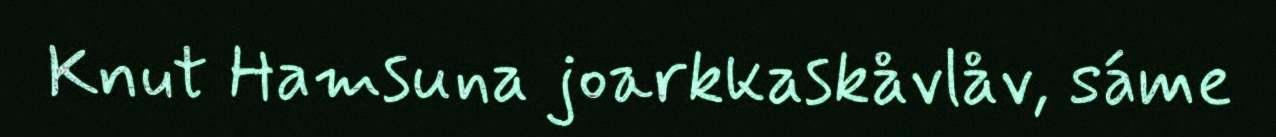
Knut Hamsuna joarkkaskåvlåv, sáme